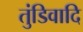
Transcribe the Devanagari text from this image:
तुंडिवादि